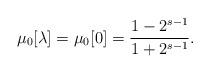
LaTeX: \begin{align*}\mu_0[\lambda] = \mu_0[0] = \frac{1-2^{s-1}}{1+2^{s-1}}.\end{align*}